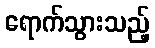
ရောက်သွားသည့်